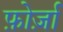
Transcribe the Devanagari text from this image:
फ़ोर्ज़ा